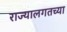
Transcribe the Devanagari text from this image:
राज्यालगतच्या